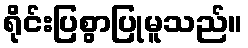
ရိုင်းပြစွာပြုမူသည်။